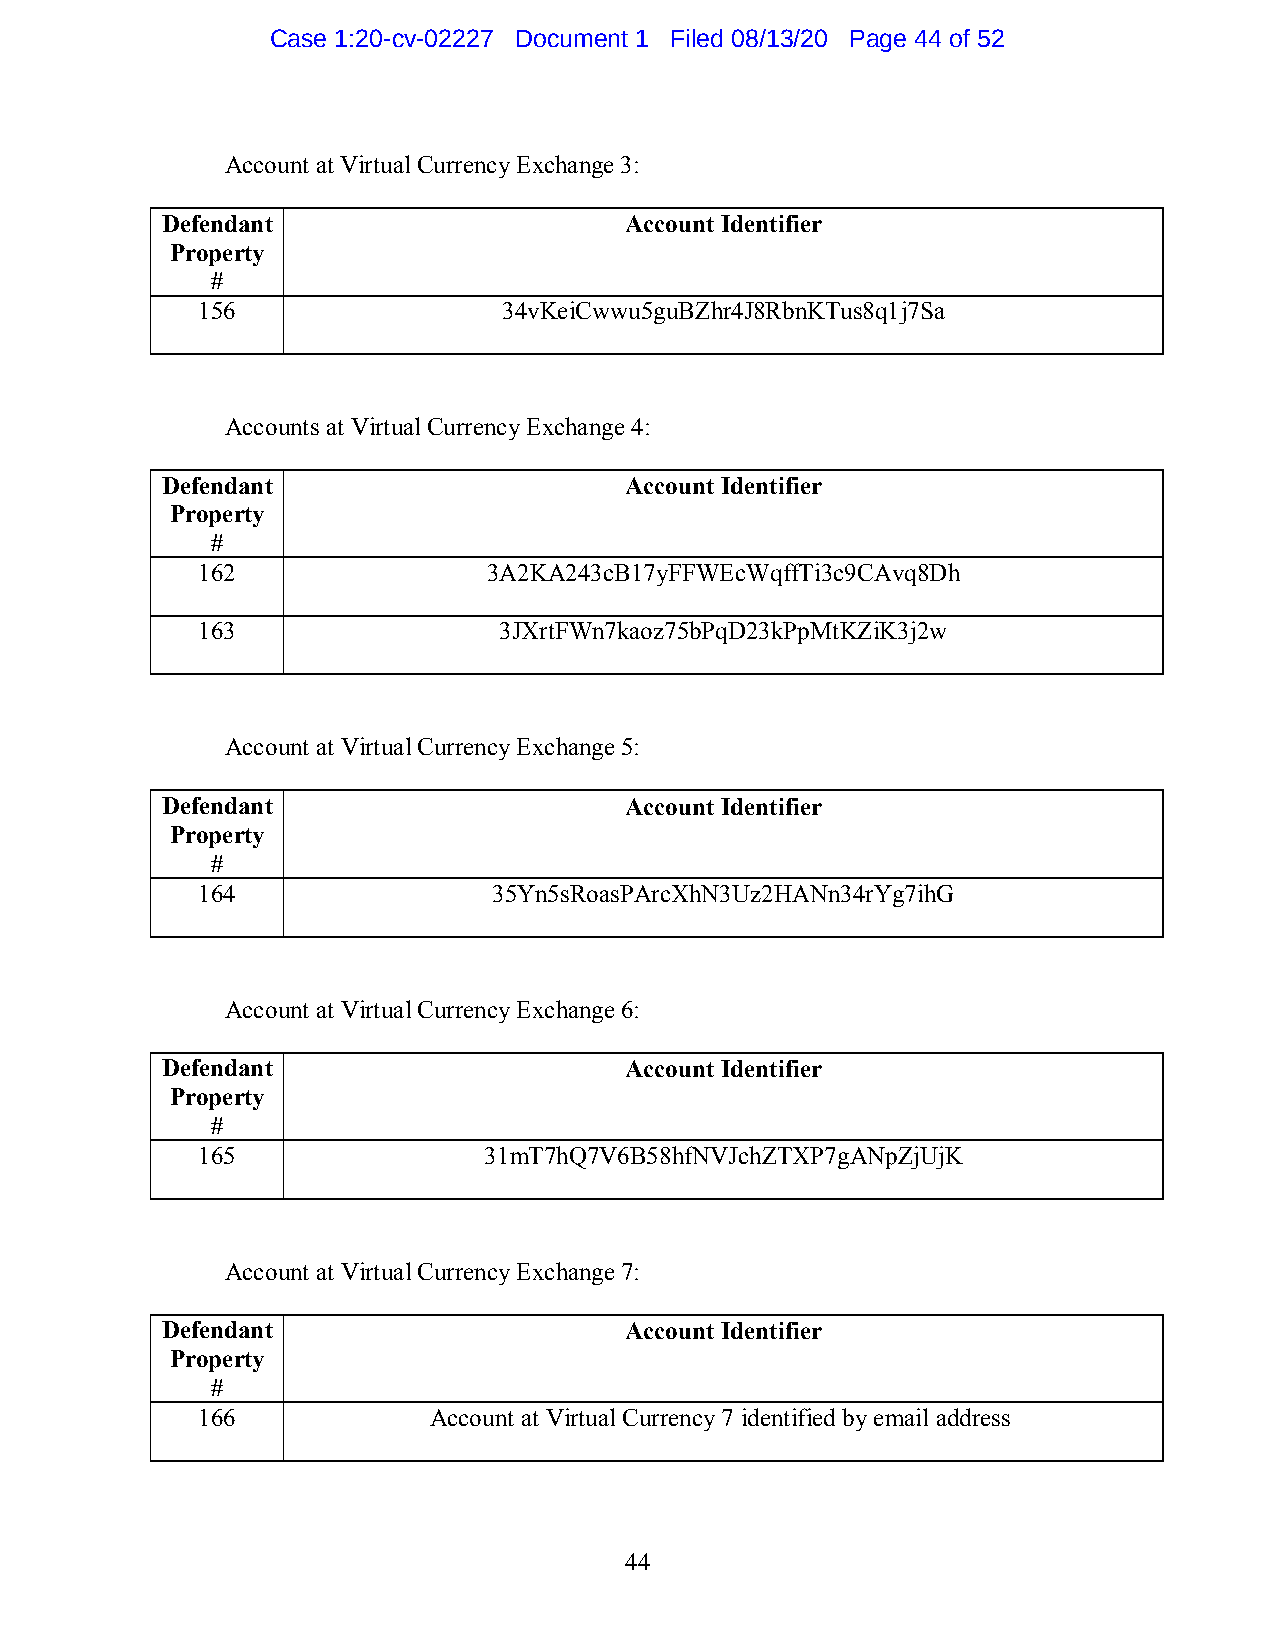
Case 1:20-cv-02227 Document 1 Filed 08/13/20 Page 44 of 52
 Account at Virtual Currency Exchange 3:
 Defendant                     Account Identifier
 Property
 #
 156                 34vKeiCwwu5guBZhr4J8RbnKTus8q1j7Sa
 Accounts at Virtual Currency Exchange 4:
 Defendant                     Account Identifier
 Property
 #
 162                3A2KA243cB17yFFWEcWqffTi3c9CAvq8Dh
 163                 3JXrtFWn7kaoz75bPqD23kPpMtKZiK3j2w
 Account at Virtual Currency Exchange 5:
 Defendant                     Account Identifier
 Property
 #
 164                 35Yn5sRoasPArcXhN3Uz2HANn34rYg7ihG
 Account at Virtual Currency Exchange 6:
 Defendant                     Account Identifier
 Property
 #
 165                31mT7hQ7V6B58hfNVJchZTXP7gANpZjUjK
 Account at Virtual Currency Exchange 7:
 Defendant                     Account Identifier
 Property
 #
 166            Account at Virtual Currency 7 identified by email address
 44